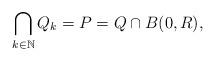
LaTeX: \begin{align*}\bigcap_{k \in \mathbb{N}} Q_k = P = Q \cap B(0,R) ,\end{align*}